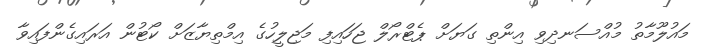
މައުލޫމާތު މުއްސަނދިވި އިންތި ގަޔަށް ޕެޓްރޯލް ޖަހައިފި މަޖިލީހުގެ އިމްތިޔާޒަށް ކޯޓުން އަރައިގެންފައިވާ